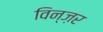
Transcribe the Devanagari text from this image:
विन्ज़र